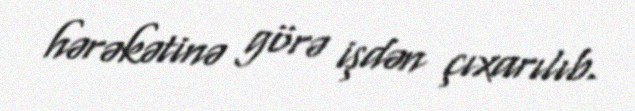
hərəkətinə görə işdən çıxarılıb.